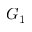
G _ { 1 }